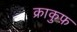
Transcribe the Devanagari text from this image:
क्राकुफ़